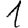
Digit: 1